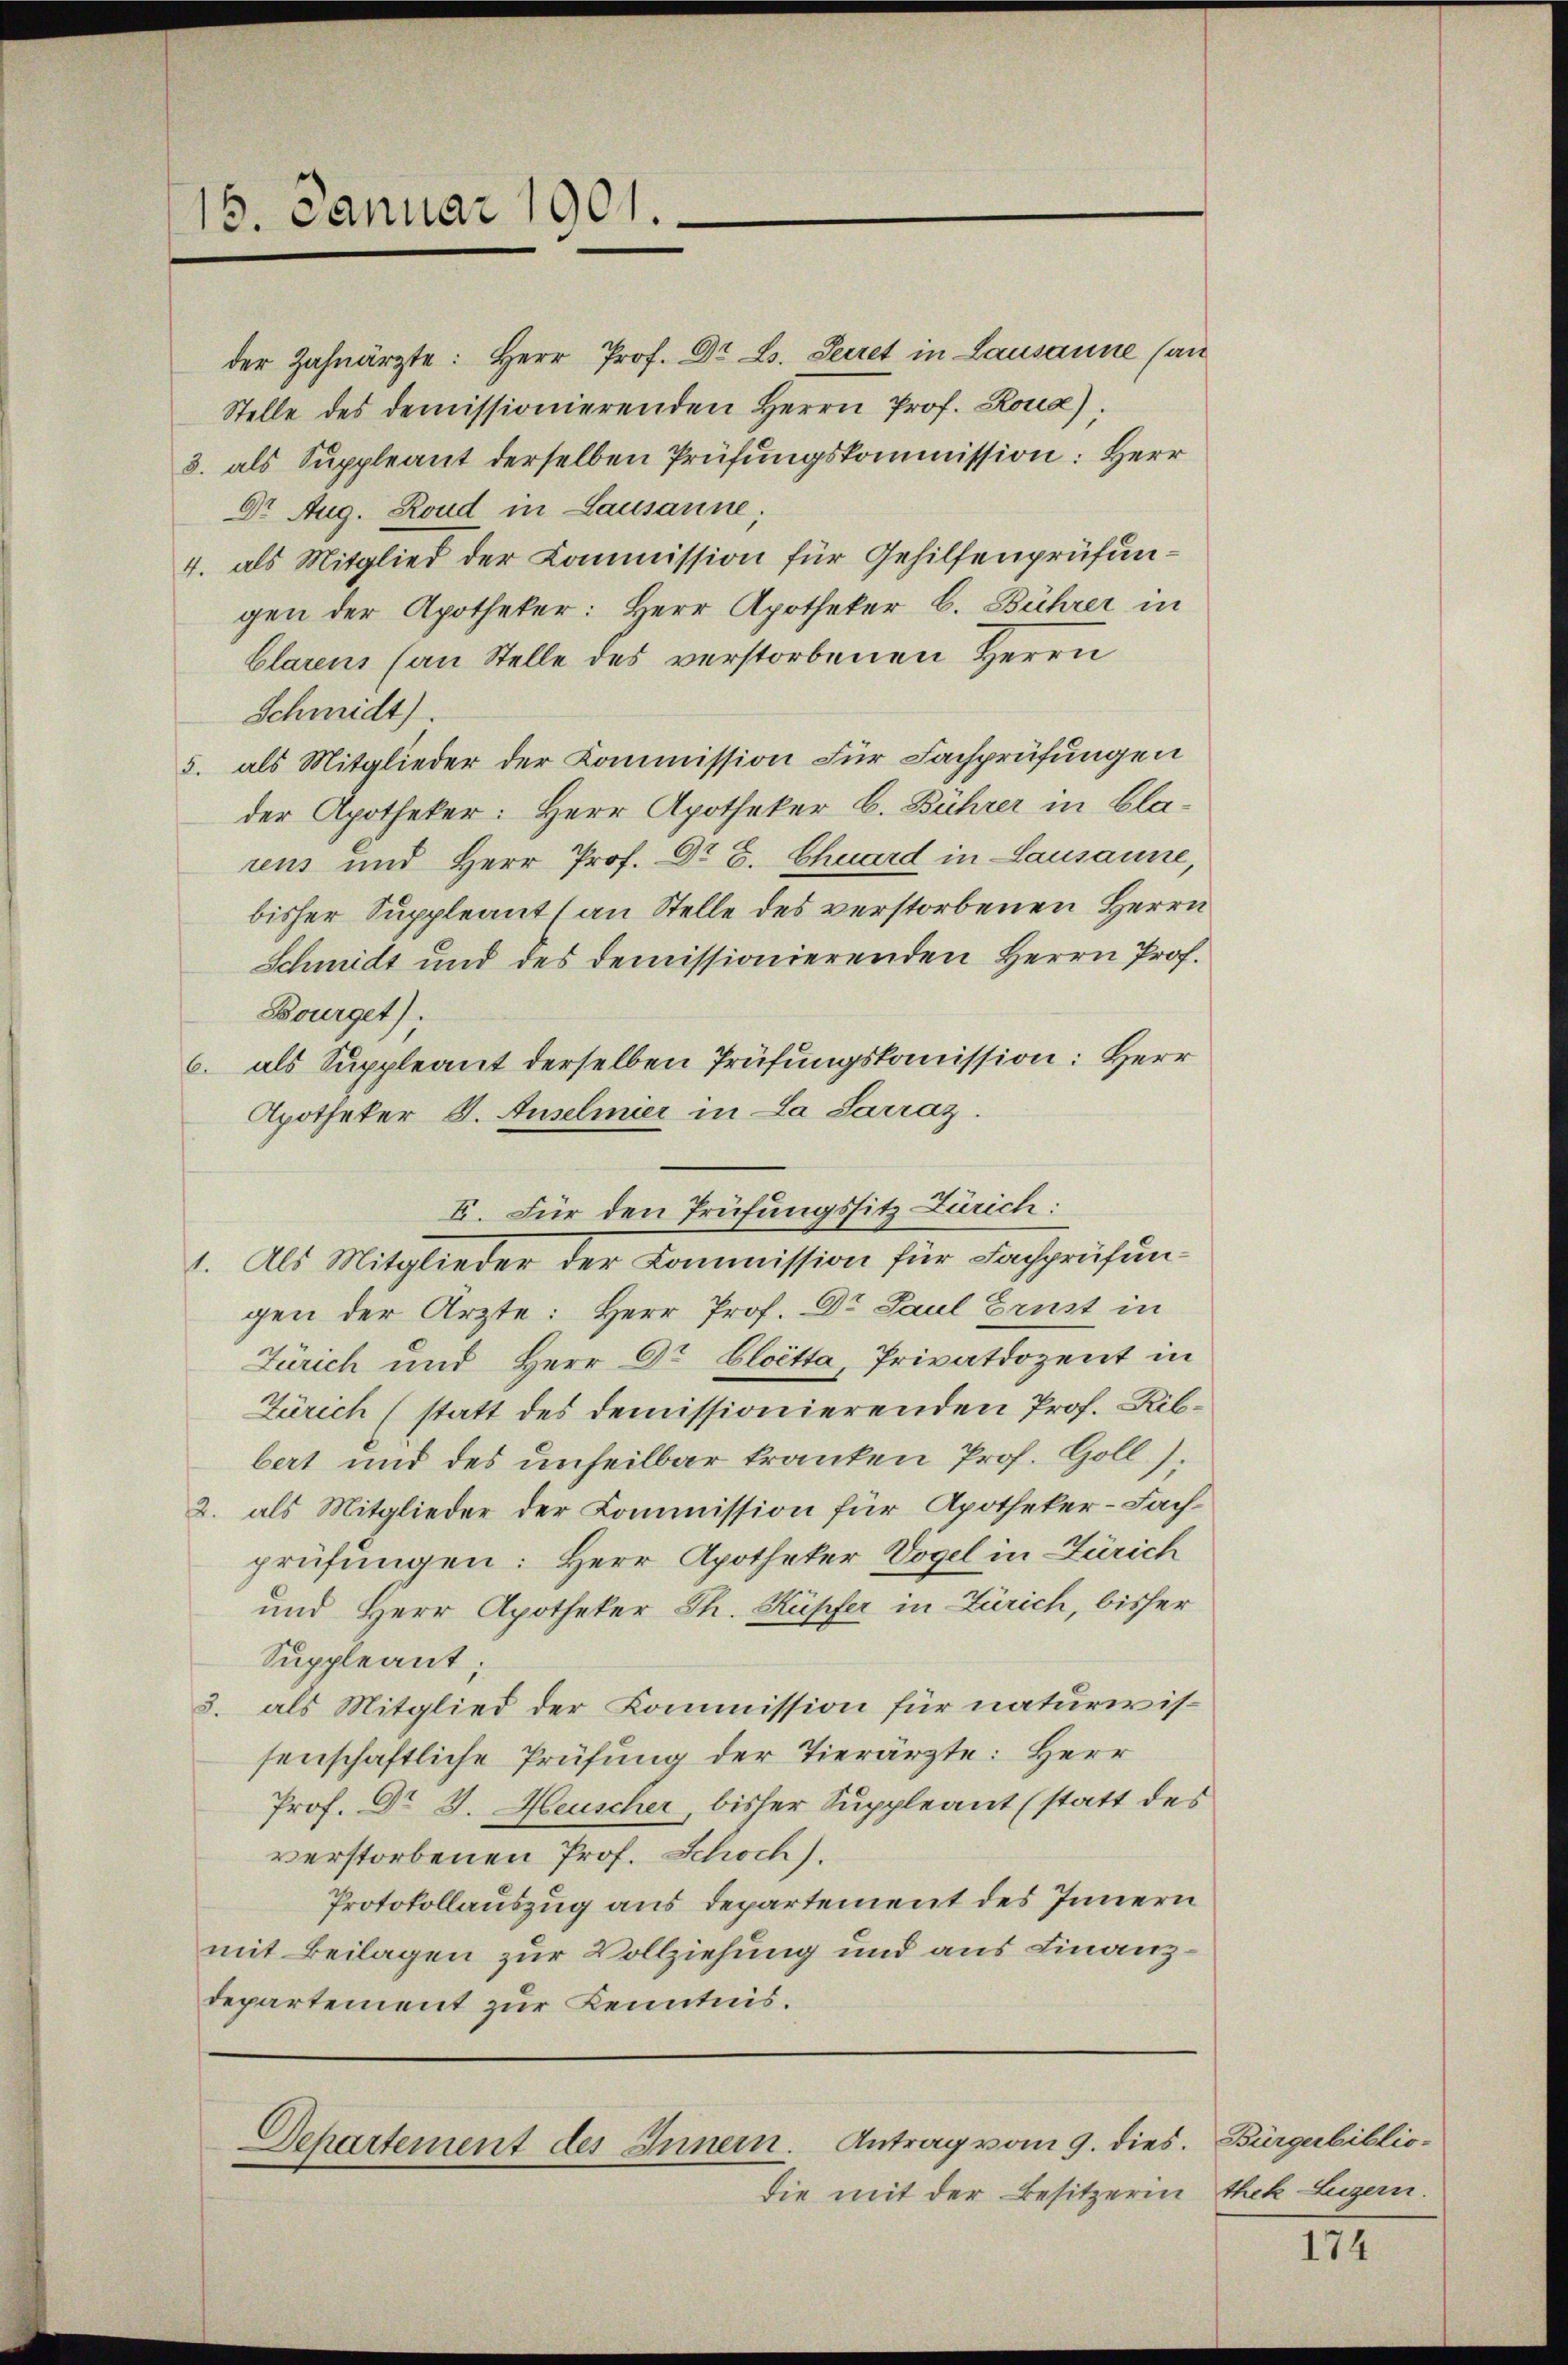
15. Januar 1901.

der Zahnärzte: Herr Prof. Dr. L. Secret in Lausanne (au
Stelle des demissionierenden Herrn Prof. Roua).
3. als Suppleant derselben Prüfungskommission: Herr
Dr. Aug. Rond in Lausanne;
4. als Mitglied der Commission für Gehilfenprüfungen der Apotheker: Herr Apotheker C. Bührer in
Clarens (an Stelle des verstorbenen Herrn
Schmidt).
5. als Mitglieder der Kommission für Fachprüfungen
der Apotheker: Herr Apotheker b. Bührer in Blarens und Herr Prof. Dr G. Chuard in Lausanne,
bisher Suppleant (an Stelle des verstorbenen Herrn
Schmidt und des demissionierenden Herrn Prof.
Bourget):
6. als Suppleant derselben Prüfungskomission: Herr
Apotheker S. Auselmer in La Sarraz.
I. Für den Prüfungssitz Zürich:
1. Als Mitglieder der Commission für Fachprüfungen der Ärzte: Herr Prof. Dr Paul Ernst in
Zürich und Herr Dr Cloetta, Privatdozent in
Zürich (statt des demissionierenden Prof. Ribbert und des unheilbar kranken Prof. Goll).
2. als Mitglieder der Commission für Apotheker-Fach-
prüfungen: Herr Apotheker Vogel in Zürich
und Herr Apotheker Th. Rupfer in Zürich, bisher
Suppleant;
3. als Mitglied der Kommission für naturirissenschaftliche Prüfung der Tierärzte: Herr
Prof. Dr J. Heuscher, bisher Suppleant (statt des
verstorbenen Prof. Schoch).
Protokollauszug aus Departement des Innern
mit Beilagen zur Vollziehung und aus Finanz¬
Departement zur Kenntnis.

die mit der Besitzerin

Departement des Innern. Antrag vom 9. dies.

Bürgerbiblio-
thek Luzern.

174